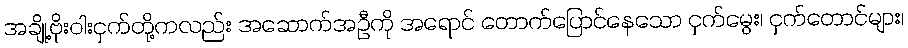
အချို့ဗိုးဝါးငှက်တို့ကလည်း အဆောက်အဦကို အရောင် တောက်ပြောင်နေသော ငှက်မွေး၊ ငှက်တောင်များ၊